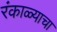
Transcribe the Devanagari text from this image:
रंकाळ्याचा